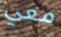
معي